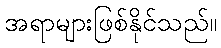
အရာများဖြစ်နိုင်သည်။